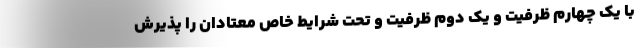
با یک چهارم ظرفیت و یک دوم ظرفیت و تحت شرایط خاص معتادان را پذیرش